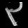
Digit: ၃